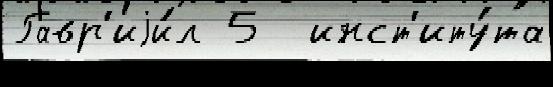
Гавр'иjи́л 5  инст'иту́та